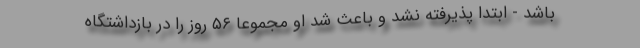
باشد - ابتدا پذیرفته نشد و باعث شد او مجموعاً ۵۶ روز را در بازداشتگاه